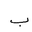
Letter: _ba